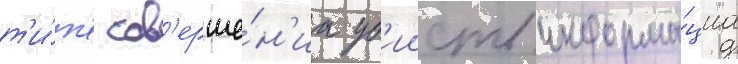
т'и́п'е сов'ерше́н'иа уб'ииств информа́циа